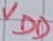
Text: VDD